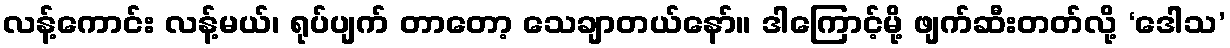
လန့်ကောင်း လန့်မယ်၊ ရုပ်ပျက် တာတော့ သေချာတယ်နော်။ ဒါကြောင့်မို့ ဖျက်ဆီးတတ်လို့ ‘ဒေါသ’